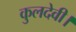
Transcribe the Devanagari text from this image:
कुलदेवी।